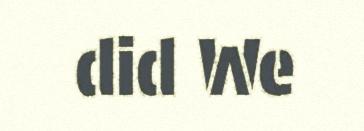
did We